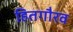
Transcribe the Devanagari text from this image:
हितगौरव